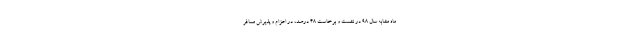
ماه مشابه سال ۹۸ در نشست و برخاست ۴۸ درصد، در اعزام و پذیرش مسافر